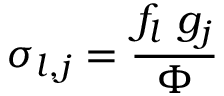
\sigma _ { l , j } = \frac { f _ { l } \ g _ { j } } { \Phi }